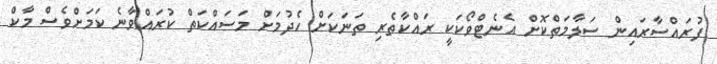
ފުރައްސާރައިން ސަލާމަތްކޮށް އެނެޓްވޯކަކީ ރައްކާތެރި ތަނަކަށް ހެދުމަށް މަސައްކަތް ކުރައްވާނެ ކަމަށްވެސް މާކް